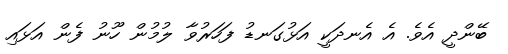
ބޭންދީ އެވެ. އެ އެނދަކީ އަޅުގަނޑު ފަހަރުވާ ލުމުން ހޫނު ފެން އަޅައި